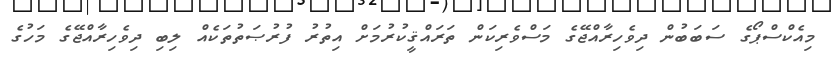
މިއެކްސްޕޯގެ ސަބަބުން ދިވެހިރާއްޖޭގެ މަސްވެރިކަން ތަރައްޤީކުރުމަށް އިތުރު ފުރުޞަތުތަކެއް ލިބި ދިވެހިރާއްޖޭގެ މަހުގެ